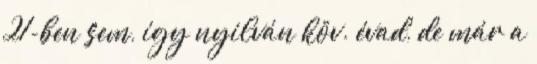
21-ben sem, így nyilván köv. évad, de már a